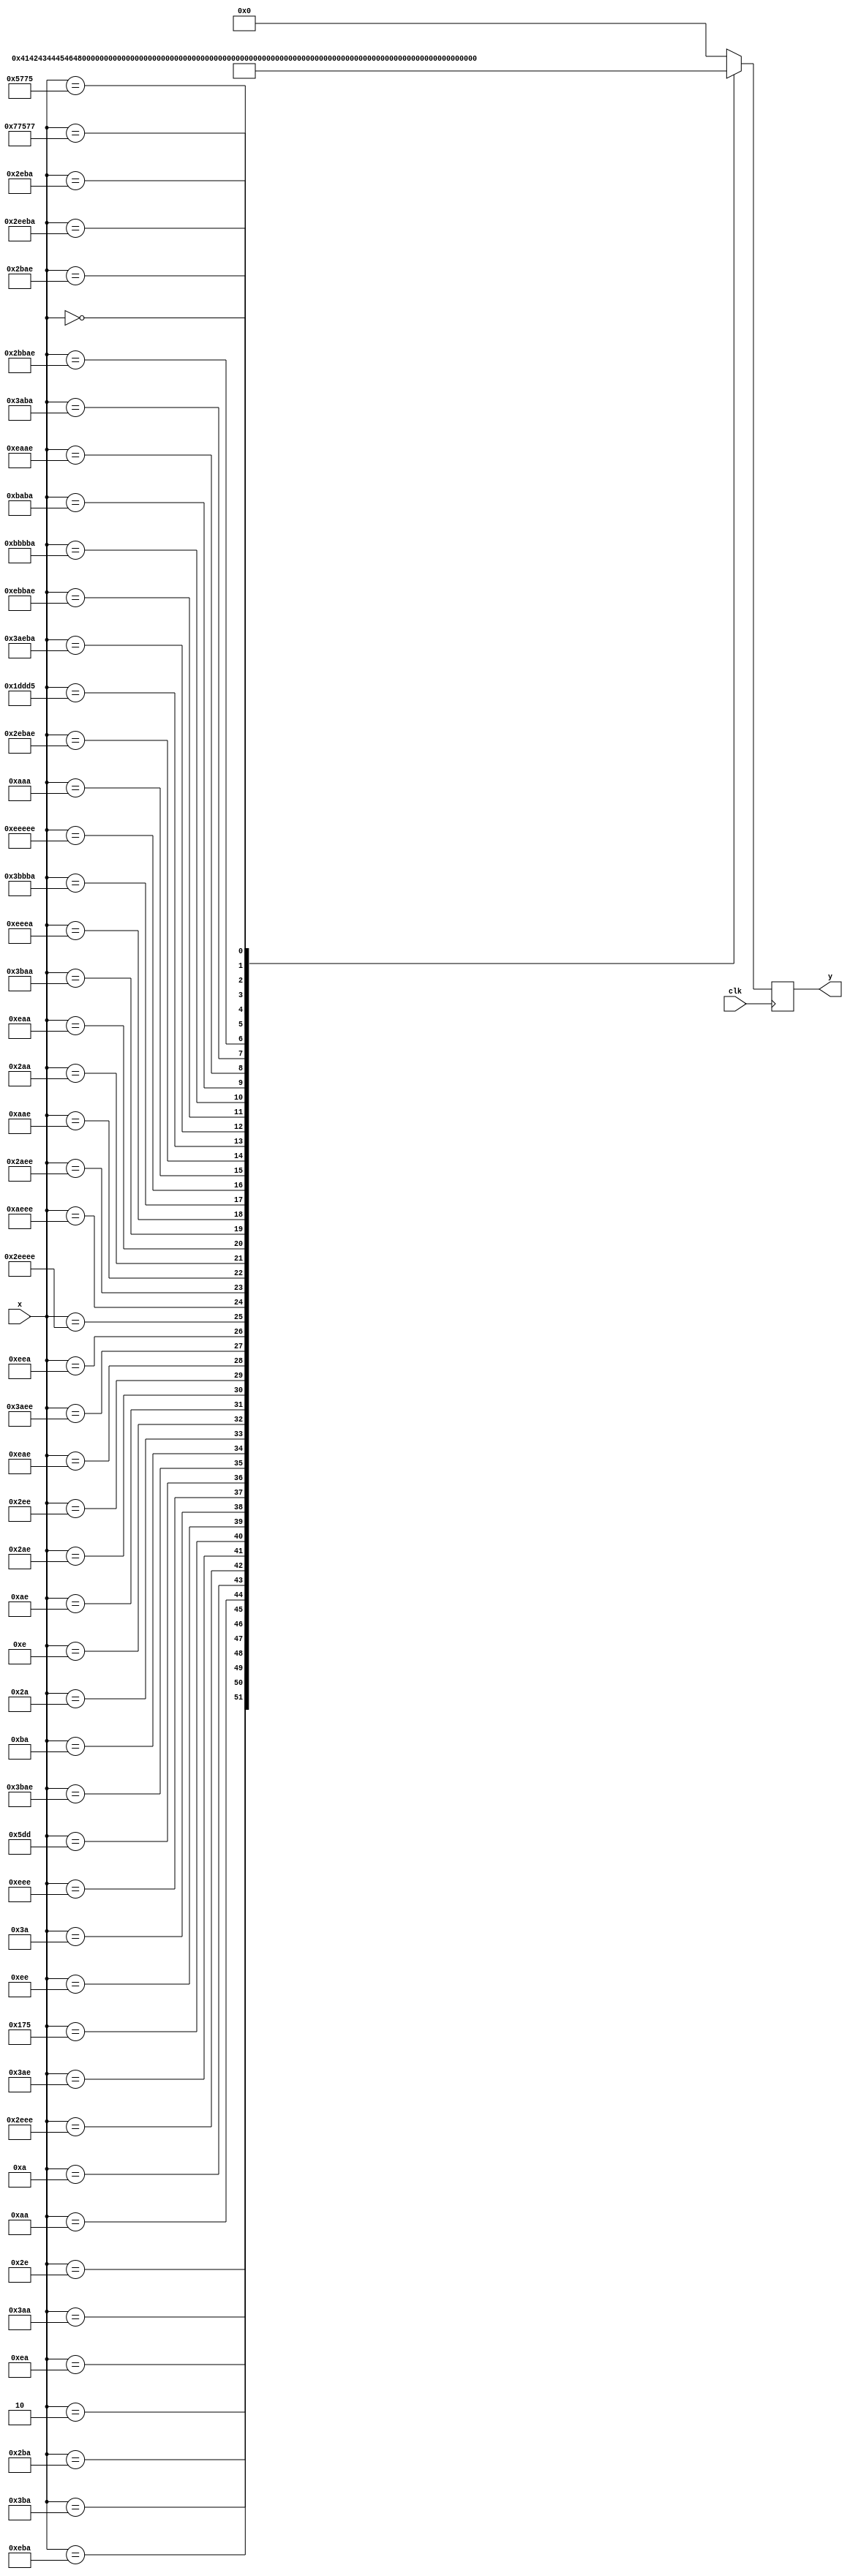


module dc(clk, x, y);
input clk;
input [23:0] x;
output reg [7:0] y;

wire sys_clk = clk;

always @(posedge sys_clk) begin
case(x) 
24'b	0101110	:	y=	8'h41	;
24'b	01110101010	:	y=	8'h42	;
24'b	0111010111010	:	y=	8'h43	;
24'b	011101010	:	y=	8'h44	;
24'b	010	:	y=	8'h45	;
24'b	01010111010	:	y=	8'h46	;
24'b	01110111010	:	y=	8'h47	;
24'b	010101010	:	y=	8'h48	;
24'b	01010	:	y=	8'h49	;
24'b	010111011101110	:	y=	8'h4A	;
24'b	01110101110	:	y=	8'h4B	;
24'b	0101110101	:	y=	8'h4C	;
24'b	011101110	:	y=	8'h4D	;
24'b	0111010	:	y=	8'h4E	;
24'b	0111011101110	:	y=	8'h4F	;
24'b	010111011101	:	y=	8'h50	;
24'b	011101110101110	:	y=	8'h51	;
24'b	010111010	:	y=	8'h52	;
24'b	0101010	:	y=	8'h53	;
24'b	01110	:	y=	8'h54	;
24'b	010101110	:	y=	8'h55	;
24'b	01010101110	:	y=	8'h56	;
24'b	01011101110	:	y=	8'h57	;
24'b	0111010101110	:	y=	8'h58	;
24'b	011101011101110	:	y=	8'h59	;
24'b	0111011101010	:	y=	8'h5A	;
					
					
24'b	0101110111011101110	:	y=	8'h31	;
24'b	01010111011101110	:	y=	8'h32	;
24'b	010101011101110	:	y=	8'h33	;
24'b	0101010101110	:	y=	8'h34	;
24'b	01010101010	:	y=	8'h35	;
24'b	0111010101010	:	y=	8'h36	;
24'b	011101110101010	:	y=	8'h37	;
24'b	01110111011101010	:	y=	8'h38	;
24'b	0111011101110111010	:	y=	8'h39	;
24'b	011101110111011101110	:	y=	8'h30	;
24'b	0101010101010	:	y=	8'h2E	;
24'b	0101110101110101110	:	y=	8'h2C	;
24'b	011101110111010101	:	y=	8'h3A	;
24'b	0111010111010111010	:	y=	8'h3B	;
24'b	011101011101110101110	:	y=	8'h28	;
24'b	010111011101110111010	:	y=	8'h27	;
24'b	01011101010111010	:	y=	8'h22	;
24'b	01110101010101110	:	y=	8'h2D	;
24'b	011101010111010	:	y=	8'h2F	;
24'b	0101011101110101110	:	y=	8'h5F	;
24'b	0101011101110101	:	y=	8'h3F	;
24'b	01110111010101110111	:	y=	8'h21	;
24'b	010111010111010	:	y=	8'h2B	;

24'b	0101110111010111010	:	y=	8'h40	;
24'b	010101110101110	:	y=	8'hFF	;
24'b	0	:	y=	8'h20	;


default y=8'b0;

endcase

end



endmodule